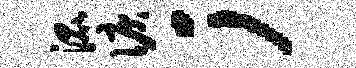
混泪；